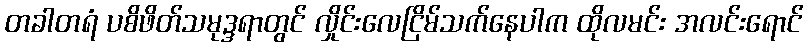
တခါတရံ ပစိဖိတ်သမုဒ္ဒရာတွင် လှိုင်းလေငြိမ်သက်နေပါက ထိုလမင်း အလင်းရောင်